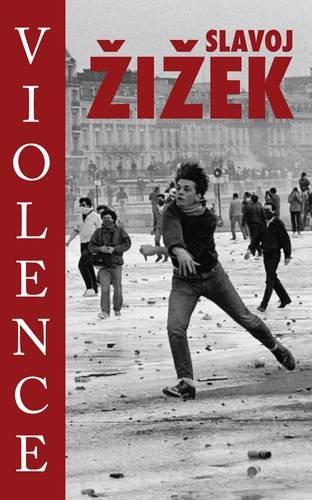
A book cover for Violence; Slavoj Zizek; Politics & Social Sciences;